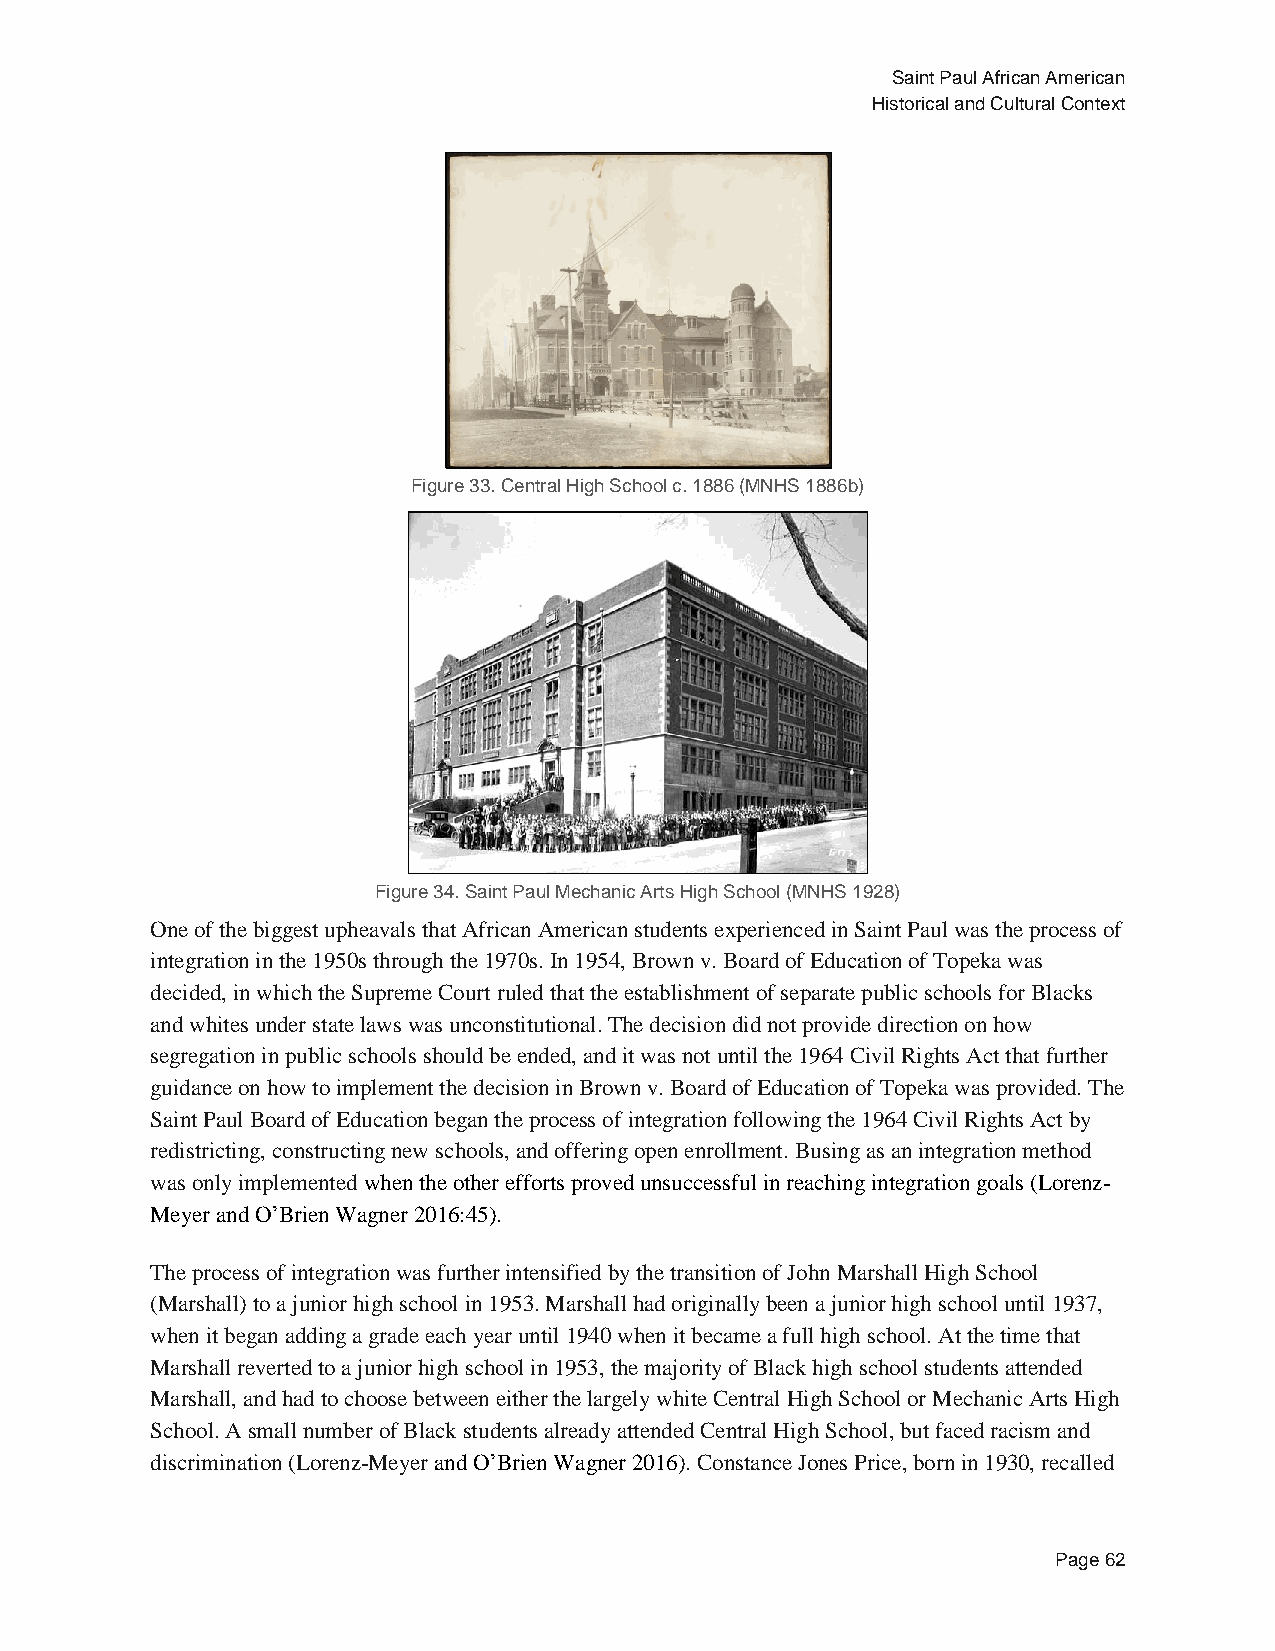
Saint Paul African American
 Historical and Cultural Context
 Figure 33. Central High School c. 1886 (MNHS 1886b)
 Figure 34. Saint Paul Mechanic Arts High School (MNHS 1928)
 One of the biggest upheavals that African American students experienced in Saint Paul was the process of
 integration in the 1950s through the 1970s. In 1954, Brown v. Board of Education of Topeka was
 decided, in which the Supreme Court ruled that the establishment of separate public schools for Blacks
 and whites under state laws was unconstitutional. The decision did not provide direction on how
 segregation in public schools should be ended, and it was not until the 1964 Civil Rights Act that further
 guidance on how to implement the decision in Brown v. Board of Education of Topeka was provided. The
 Saint Paul Board of Education began the process of integration following the 1964 Civil Rights Act by
 redistricting, constructing new schools, and offering open enrollment. Busing as an integration method
 was only implemented when the other efforts proved unsuccessful in reaching integration goals (Lorenz-
 Meyer and O’Brien Wagner 2016:45).
 The process of integration was further intensified by the transition of John Marshall High School
 (Marshall) to a junior high school in 1953. Marshall had originally been a junior high school until 1937,
 when it began adding a grade each year until 1940 when it became a full high school. At the time that
 Marshall reverted to a junior high school in 1953, the majority of Black high school students attended
 Marshall, and had to choose between either the largely white Central High School or Mechanic Arts High
 School. A small number of Black students already attended Central High School, but faced racism and
 discrimination (Lorenz-Meyer and O’Brien Wagner 2016). Constance Jones Price, born in 1930, recalled
 Page 62